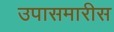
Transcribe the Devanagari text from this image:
उपासमारीस